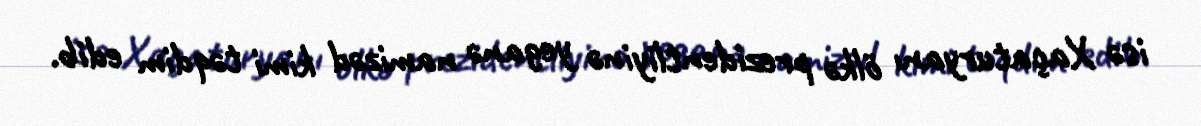
isə Xaçaturyanı ölkə prezidentliyinə yeganə namizəd kimi təqdim edib.